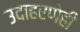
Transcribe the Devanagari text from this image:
उदाहरणेही